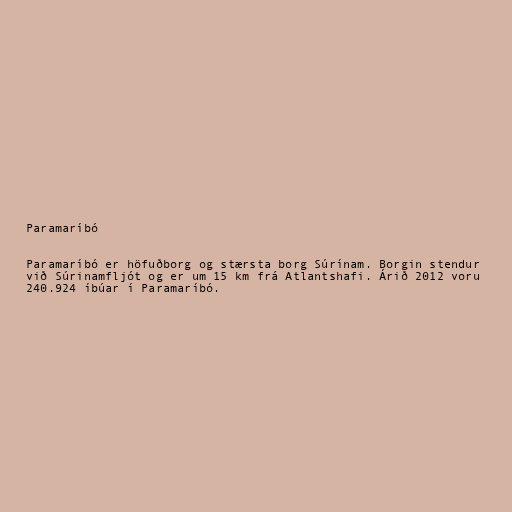
Paramaríbó

Paramaríbó er höfuðborg og stærsta borg Súrínam. Borgin stendur
við Súrinamfljót og er um 15 km frá Atlantshafi. Árið 2012 voru
240.924 íbúar í Paramaríbó.